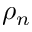
\rho _ { n }